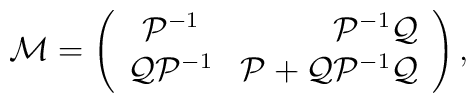
{\cal M}=\left(\begin{array}{crc}{\cal P}^{-1}&{\cal P}^{-1}{\cal Q}\\{\cal Q}{\cal P}^{-1}&{\cal P}+{\cal Q}{\cal P}^{-1}{\cal Q}\\\end{array}\right),